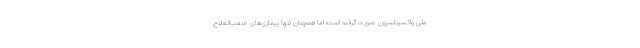
ملی واکسیناسیون صورت گرفته است؛ اما همچنان تنها بیماری‌های صعب‌العلاج